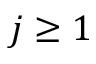
j \geq 1